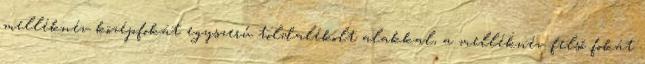
melléknév középfokát egyszerű toldalékolt alakkal, a melléknév felső fokát